Report of the Imperial Institute of Veterinary Research, Muktesar
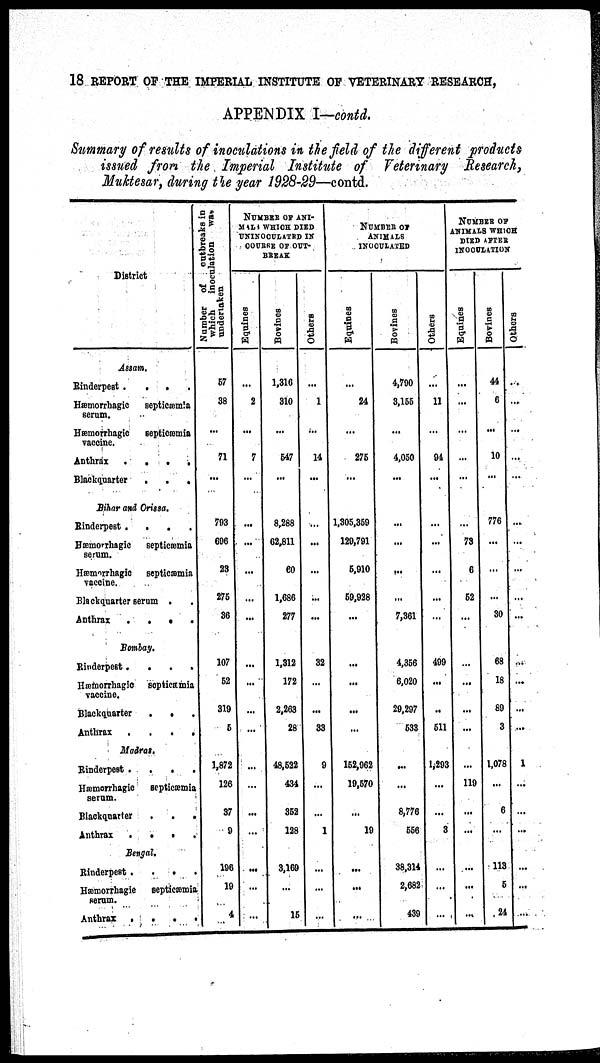
18 REPORT OF THE IMPERIAL INSTITUTE OF VETERINARY RESEARCH,
APPENDIX I—contd.
Summary of results of inoculations in the field of the different products
issued from the Imperial Institute of Veterinary Research,
Muktesar, during the year 1928-29—contd.
District
Assam.
Rinderpest
.
.
.
.
Hæmorrhagic
septicæmia
serum.
Hæmorrhagic
septicæmia
vaccine.
Anthrax
.
.
.
Blackquarter
.
.
.
Bihar and Orissa.
Rinderpest
.
.
.
.
Hæmorrhagic
septicæmia
serum.
Hæmorrhagic
septicæmia
vaccine.
Blackquarter serum .
Anthrax
.
.
.
.
Bombay.
Rinderpest....
Hæmorrhagic septicæmia
vaccine.
Blackquarter
.
.
Anthrax
.
.
Madras.
Rinderpest
.
.
Hæmorrhagic
septicæmia
serum.
Blackquarter
.
.
.
Anthrax
.
.
.
.
Bengal.
Rinderpest
.
.
Hæmorrhagic
septicæmia
serum.
Anthrax
.
.
.
.
Number
of
outbreaks in
which
inoculation
was
undertaken
57
38
...
71
...
793
696
23
275
36
107
52
319
5
1,872
126
37
9
196
19
4
NUMBER OF ANI¬
MALS WHICH DIED
UNINOCULATED
IN
COURSE OF OUT¬
BREAK
Equines
...
2
...
7
...
...
...
...
...
...
...
...
...
...
...
...
...
...
...
...
...
Bovines
1,316
310
...
547
...
8,288
62,811
60
1,686
277
1,312
172
2,263
28
48,522
434
352
128
3,169
...
15
Others
...
1
...
14
...
...
...
...
...
...
32
...
...
33
9
...
...
1
...
...
NUMBER OF
ANIMALS
INOCULATED
Equines
...
24
...
275
...
1,305,359
129,791
5,910
59,928
...
...
...
...
...
152,062
19,570
...
19
...
...
...
Bovines
4,790
3,155
...
4,050
...
...
...
...
...
7,361
4,356
6,020
29,297
533
...
...
8,776
556
38,314
2,682
439
Others
...
11
...
94
...
...
...
...
...
...
499
...
...
511
1,293
...
...
3
...
...
...
NUMBER OF
ANIMALS WHICH
DIED AFTER
INOCULATION
Equines
...
...
...
...
...
...
73
6
52
...
...
...
...
...
...
119
...
...
...
...
...
Bovines
44
6
...
10
...
776
...
...
...
30
68
18
89
3
1,078
...
6
113
5
24
Others
...
...
...
...
...
...
...
...
...
...
...
...
...
...
1
...
...
...
...
...
....